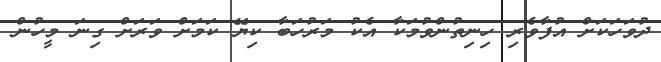
ދުވަހަކަށް އުފާވެރި ހިނިތުންވުމަކާ އެކު މަރުހަބާ ކިޔޭ ކަމަށް ވަރަށް ގިނަ މީހުން